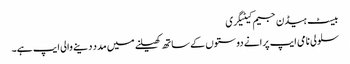
بیسٹ ہیڈن جیم کیٹیگری
سلولی نامی ایپ پرانے دوستوں کے ساتھ کھیلنے میں مدد دینے والی ایپ ہے۔